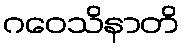
ဂဝေသိနာတိ